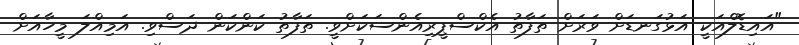
"އައިޑޮލްއަކީ އަޅުގަނޑަށް ވަރަށް ތަފާތު އެކްސްޕީރިއެންސަކަށްވީ. ތަފާތު ކަންކަން ދަސްވި. އަމިއްލަ މީހާއަށް